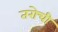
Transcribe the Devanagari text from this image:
तरोची